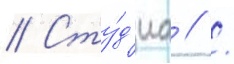
// Сту́д'иа // /